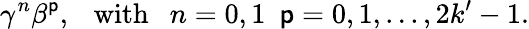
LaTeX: \gamma^{n}\beta^{\mathsf{p}},~~~\mathrm{{with}}~~~n=0,1~~\mathsf{p}=0,1,...,2k^{\prime}-1.